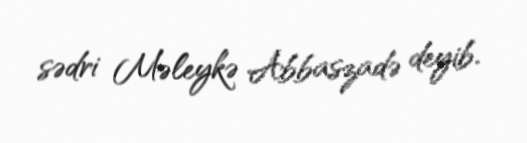
sədri Məleykə Abbaszadə deyib.